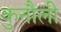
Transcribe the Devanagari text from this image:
कुनौली